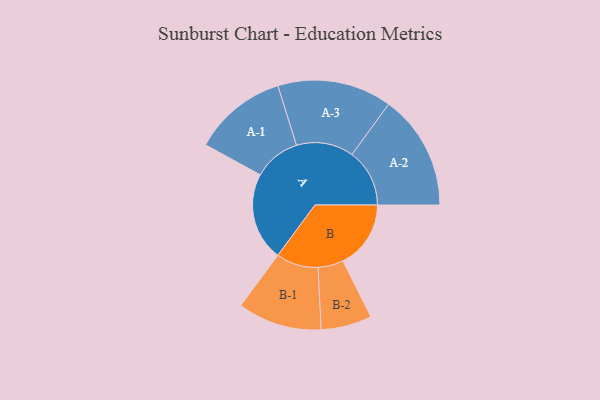
{"axis": {"x": "Segment", "y": "Value"}, "legend": ["", "A", "B"], "data": [{"x": "A", "y": 413, "type": ""}, {"x": "B", "y": 318, "type": ""}, {"x": "A-1", "y": 220, "type": "A"}, {"x": "A-2", "y": 270, "type": "A"}, {"x": "A-3", "y": 268, "type": "A"}, {"x": "B-1", "y": 197, "type": "B"}, {"x": "B-2", "y": 119, "type": "B"}]}